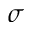
\sigma